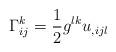
LaTeX: \begin{align*}\Gamma_{ij}^k=\frac{1}{2}g^{lk}u_{,ijl}\end{align*}